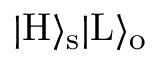
| \mathrm { H } \rangle _ { \mathrm { s } } | \mathrm { L } \rangle _ { \mathrm { o } }